Indian journal of veterinary science and animal husbandry - Volume 1,
Year: 1931
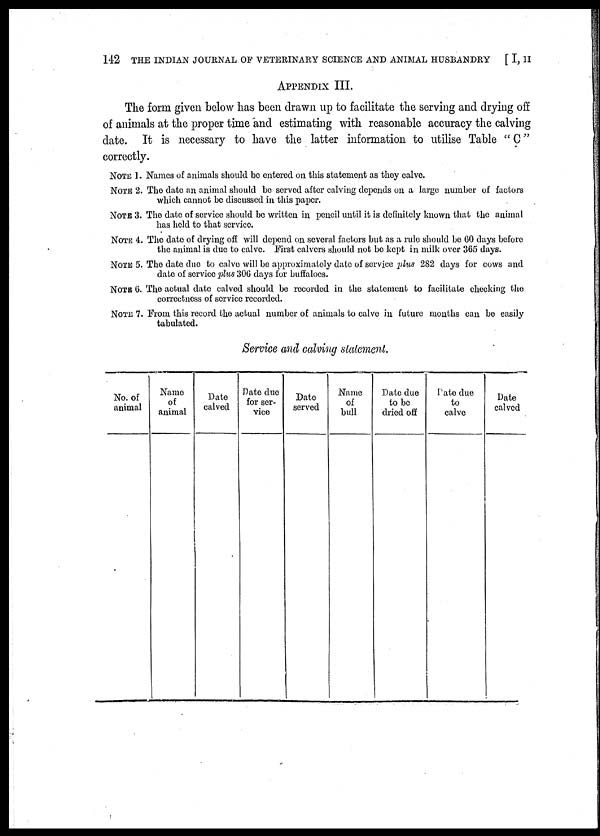
142 THE INDIAN JOURNAL OF VETERINARY SCIENCE AND ANIMAL HUSBANDRY
[ I, II
APPENDIX III.
The form given below has been drawn up to facilitate the serving and drying off
of animals at the proper time and estimating with reasonable accuracy the calving
date. It is necessary to have the latter information to utilise Table "C"
correctly.
NOTE 1. Names of animals should be entered on this statement as they calve.
NOTE 2. The date an animal should be served after calving depends on a large number of factors
which cannot be discussed in this paper.
NOTE 3. The date of service should be written in pencil until it is definitely known that the animal
has held to that service.
NOTE 4. The date of drying off will depend on several factors but as a rule should be 60 days before
the animal is due to calve. First calvers should not be kept in milk over 365 days.
NOTE 5. The date due to calve will be approximately date of service plus 282 days for cows and
date of service plus 306 days for buffaloes.
NOTE 6. The actual date calved should be recorded in the statement to facilitate checking the
correctness of service recorded.
NOTE 7. From this record the actual number of animals to calve in future months can be easily
tabulated.
Service and calving statement.
No. of
animal
Name
of
animal
Date
calved
Date due
for ser-
vice
Date
served
Name
of
bull
Date due
to be
dried off
Date due
to
calve
Date
calved